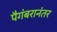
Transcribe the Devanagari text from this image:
पैगंबरानंतर